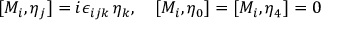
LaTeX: [ M _ { i } , \eta _ { j } ] = i \epsilon _ { i j k } \, \eta _ { k } , \quad [ M _ { i } , \eta _ { 0 } ] = [ M _ { i } , \eta _ { 4 } ] = 0